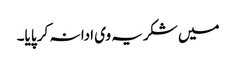
میں شکریہ وی ادا نہ کر پایا۔